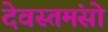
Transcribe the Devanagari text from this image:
देवस्तमंसो